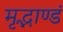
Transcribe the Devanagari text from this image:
मृद्भाण्डं